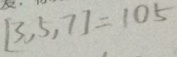
[ 3 , 5 , 7 ] = 1 0 5